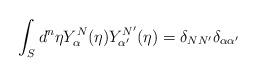
LaTeX: \begin{align*}\int_S d^{n}{\eta}Y_{\alpha}^N(\eta)Y_{\alpha'}^{N'}(\eta) =\delta_{NN'}\delta_{\alpha \alpha'}\end{align*}